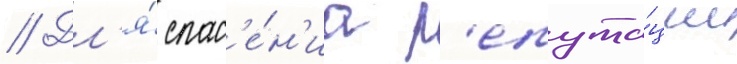
// Дл'я́ спас'е́н'иа р'епута́ции